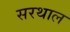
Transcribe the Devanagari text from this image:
सरथाल